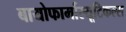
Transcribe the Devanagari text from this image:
बायोफार्मास्यूटिकल्स